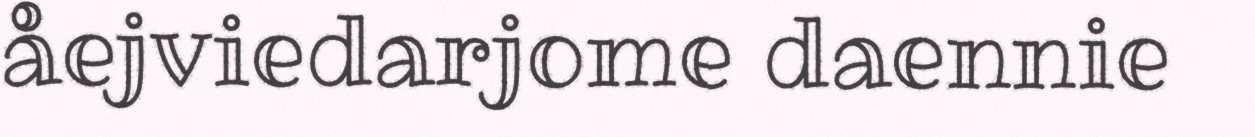
åejviedarjome daennie